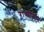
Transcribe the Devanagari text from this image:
राव्शोमोन